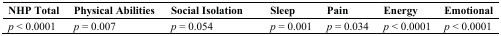
| NHP Total | Physical Abilities | Social Isolation | Sleep | Pain | Energy | Emotional |
 | --- | --- | --- | --- | --- | --- | --- |
 | p < 0.0001 | p = 0.007 | p = 0.054 | p = 0.001 | p = 0.034 | p < 0.0001 | p < 0.0001 |